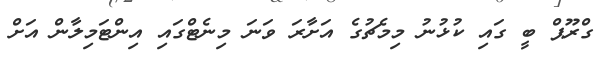
ގްރޫޕް ބީ ގައި ކުޅުނު މިމެޗުގެ އަށާރަ ވަނަ މިނެޓްގައި އިންޓަމިލާން އަށް